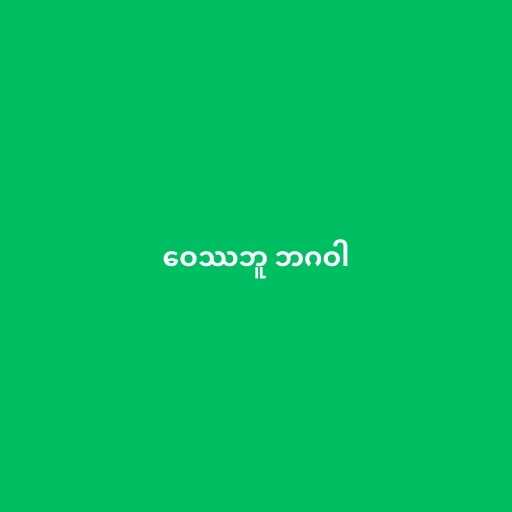
ဝေဿဘူ ဘဂဝါ